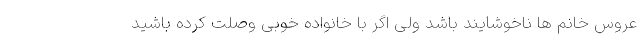
عروس خانم ها ناخوشایند باشد ولی اگر با خانواده خوبی وصلت کرده باشید